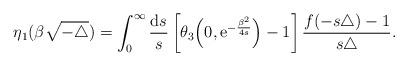
LaTeX: \begin{align*}\eta_{1} (\beta \sqrt{-\triangle})=\int_0^\infty { {\mathrm{d}} s\over s}\left[\theta_3\Big(0,{\mathrm e}^{-{\beta^2\over 4s}}\Big)-1\right]\frac{f(-s\triangle)-1}{s\triangle}.\end{align*}